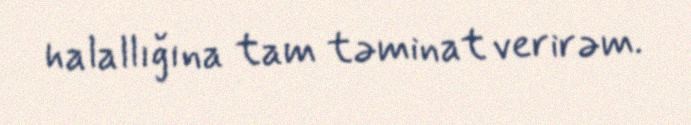
halallığına tam təminat verirəm.